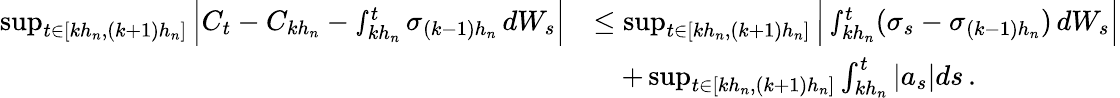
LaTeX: \begin{array}{rl}{\operatorname*{sup}_{t\in[kh_{n},(k+1)h_{n}]}\Big|C_{t}-C_{kh_{n}}-\smallint_{kh_{n}}^{t}\sigma_{(k-1)h_{n}}\, dW_{s}\Big|}&{\le\operatorname*{sup}_{t\in[kh_{n},(k+1)h_{n}]}\Big|\smallint_{kh_{n}}^{t}(\sigma_{s}-\sigma_{(k-1)h_{n}})\, dW_{s}\Big|}\\ &{\quad+\operatorname*{sup}_{t\in[kh_{n},(k+1)h_{n}]}\int_{kh_{n}}^{t}|a_{s}|ds\, .}\end{array}